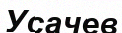
Усачев